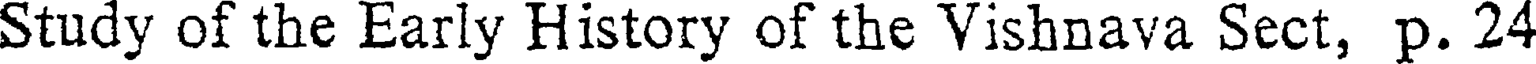
Study of the Early History of the Vishnava Sect, p. 24